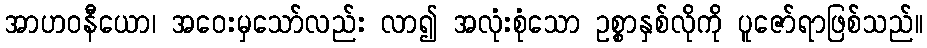
အာဟဝနီယော၊ အဝေးမှသော်လည်း လာ၍ အလုံးစုံသော ဥစ္စာနှစ်လိုကို ပူဇော်ရာဖြစ်သည်။